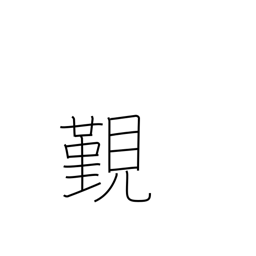
Meaning: have an audience with